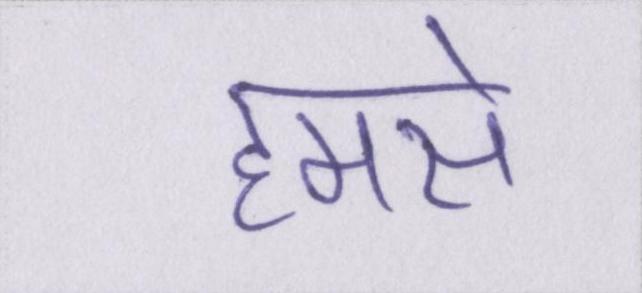
हमसे